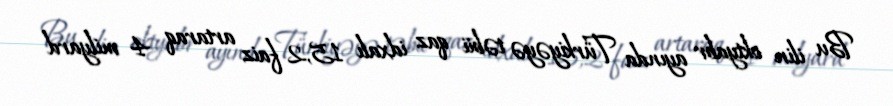
Bu ilin oktyabr ayında Türkiyəyə təbii qaz idxalı 15,2 faiz artaraq 4 milyard